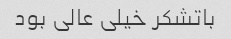
باتشکر خیلی عالی بود